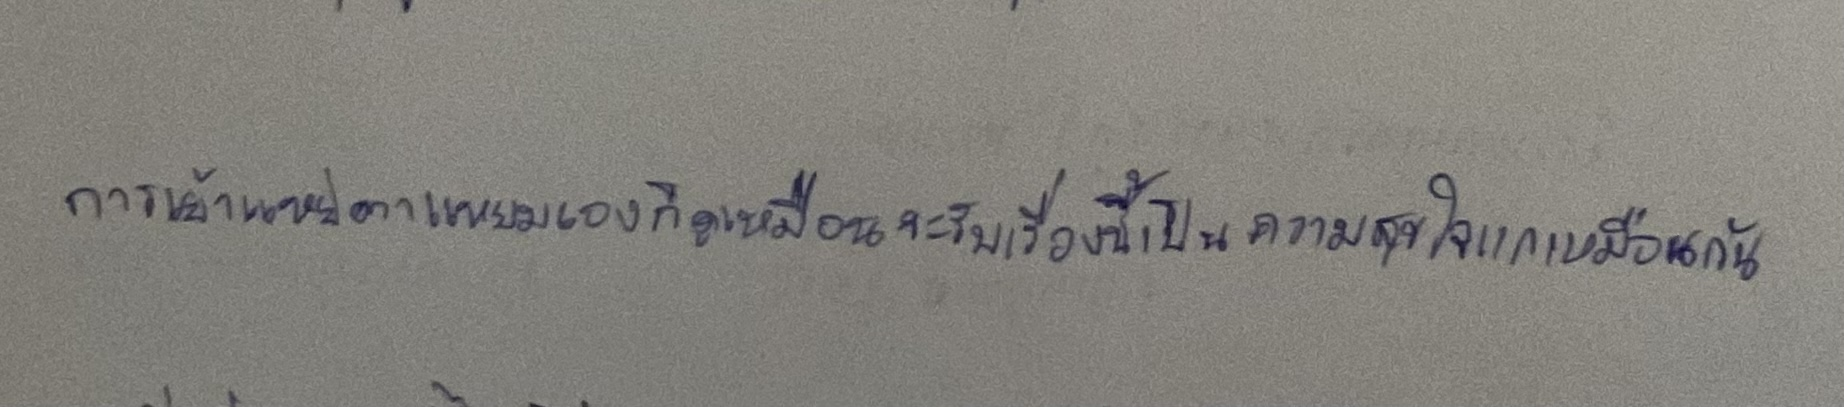
การเย้าแหย่ตาแหยมเองก็ดูเหมือนจะรับเรื่องนี้เป็นความสุขใจของแกเหมือนกัน